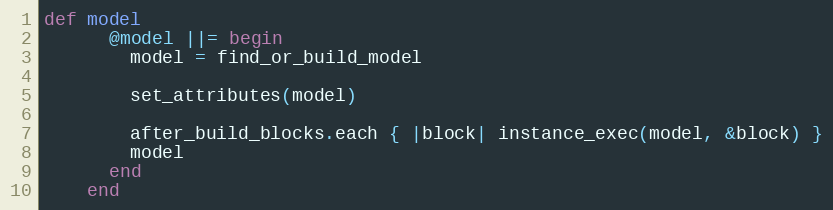
Language: Ruby
def model
      @model ||= begin
        model = find_or_build_model

        set_attributes(model)

        after_build_blocks.each { |block| instance_exec(model, &block) }
        model
      end
    end